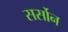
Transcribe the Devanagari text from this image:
सर्सोन